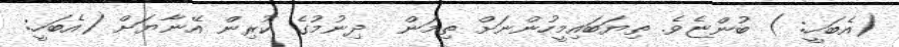
(އެބަހީ: ) ބުންޏެވެ. ތިޔަބައިމީހުންނަށް ތިމަން  ދިނުމުގެ ކުރިން އޭނާޔަށް (އެބަހީ: